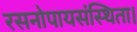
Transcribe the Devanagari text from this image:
रसनोपायसंस्थिता।